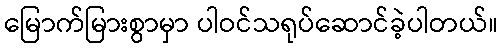
မြောက်မြားစွာမှာ ပါဝင်သရုပ်ဆောင်ခဲ့ပါတယ်။